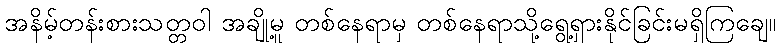
အနိမ့်တန်းစားသတ္တဝါ အချို့မူ တစ်နေရာမှ တစ်နေရာသို့ရွေ့ရှားနိုင်ခြင်းမရှိကြချေ။